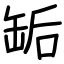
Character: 缿